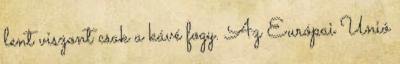
lent viszont csak a kávé fogy. Az Európai Unió